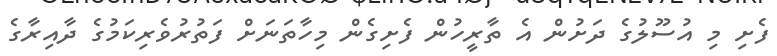
ފެށި މި އުސޫލުގެ ދަށުން އެ ތާރީހުން ފެށިގެން މިހާތަނަށް ފަތުރުވެރިކަމުގެ ދާއިރާގެ